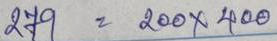
279 = 200 x 400